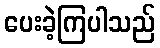
ပေးခဲ့ကြပါသည်